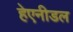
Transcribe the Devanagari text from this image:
हेएनीडल